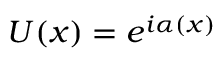
U ( x ) = e ^ { i \alpha ( x ) }